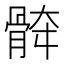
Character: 𱅯